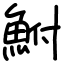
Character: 鮒